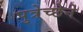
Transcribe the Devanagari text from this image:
पुत्रेच्छेने